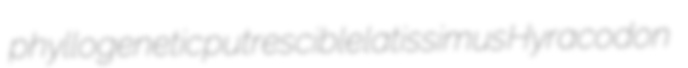
phyllogenetic putrescible latissimus Hyracodon